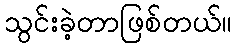
သွင်းခဲ့တာဖြစ်တယ်။